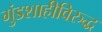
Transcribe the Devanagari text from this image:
गुंडशाहीविरुद्ध